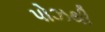
પોઝથી